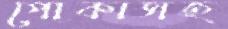
পোকাসহ